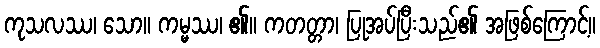
ကုသလဿ၊ သော။ ကမ္မဿ၊ ၏။ ကတတ္တာ၊ ပြုအပ်ပြီးသည်၏ အဖြစ်ကြောင့်။